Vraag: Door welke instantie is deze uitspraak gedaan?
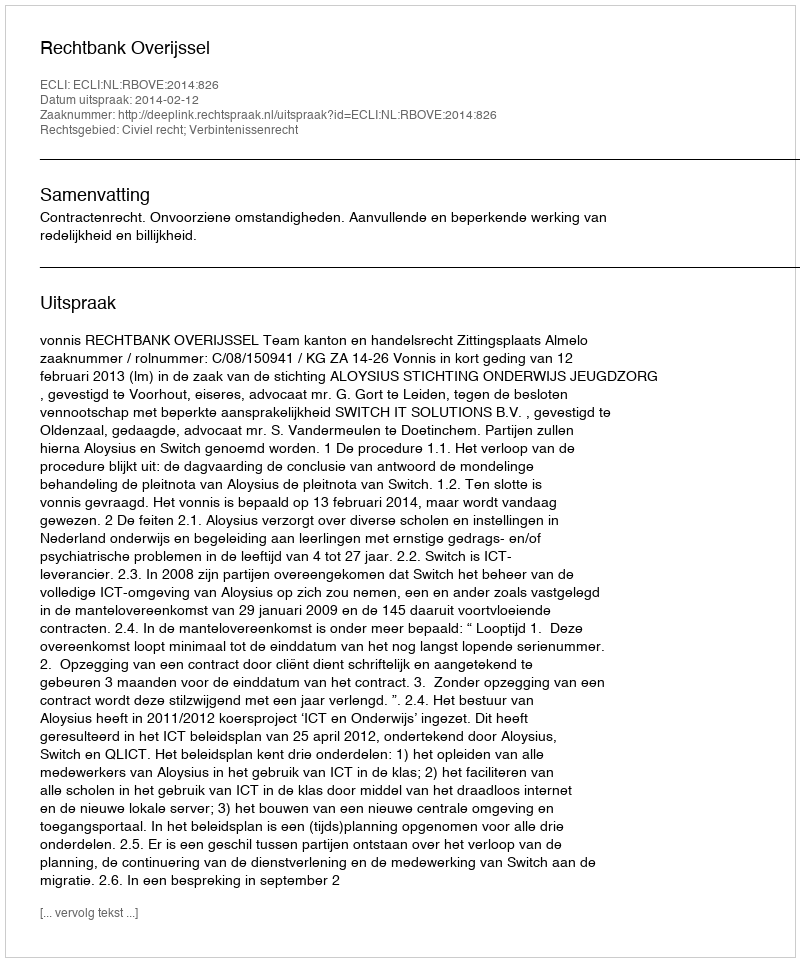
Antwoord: Rechtbank Overijssel